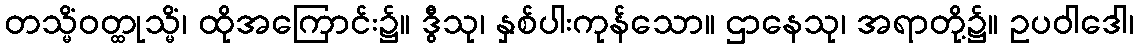
တသ္မိံဝတ္ထုသ္မိံ၊ ထိုအကြောင်း၌။ ဒွီသု၊ နှစ်ပါးကုန်သော။ ဌာနေသု၊ အရာတို့၌။ ဥပဝါဒေါ၊